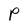
Character: P